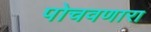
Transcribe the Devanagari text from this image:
पोचवणारा